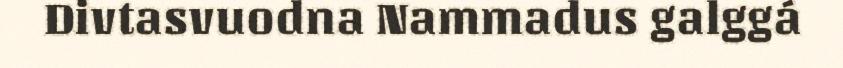
Divtasvuodna Nammadus galggá